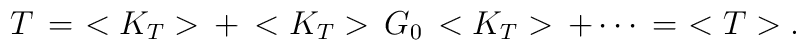
T\,=\,\,<K_T>\,+\,<K_T>\,G_0\,<K_T>\,+\cdots\,=\,\,<T>.